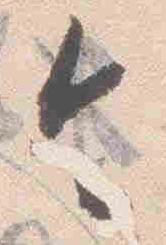
令